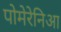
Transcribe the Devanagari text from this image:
पोमेरेनिआ